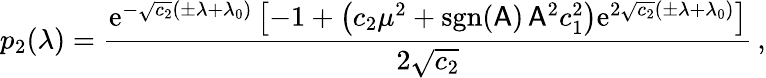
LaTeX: p_{2}(\lambda)=\frac{\mathrm{e}^{-\sqrt{c_{2}}(\pm\lambda+\lambda_{0})}\left[-1+\left(c_{2}\mu^{2}+\mathrm{sgn}(\mathsf{A})\, \mathsf{A}^{2}c_{1}^{2}\right)\mathrm{e}^{2\sqrt{c_{2}}(\pm\lambda+\lambda_{0})}\right]}{2\sqrt{c_{2}}}\, ,